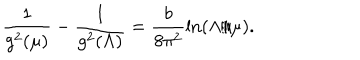
\frac { 1 } { g ^ { 2 } ( \mu ) } - \frac { 1 } { g ^ { 2 } ( \Lambda ) } = \frac { b } { 8 \pi ^ { 2 } } \ln ( \Lambda / \mu ) .